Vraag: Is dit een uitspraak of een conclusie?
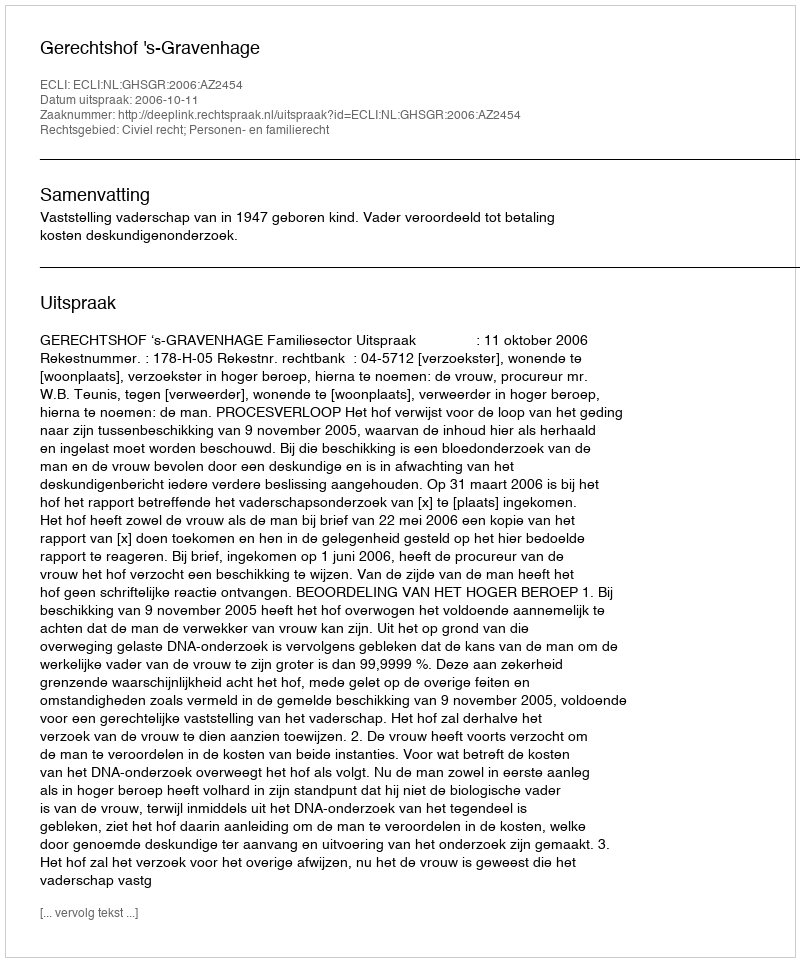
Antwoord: Uitspraak